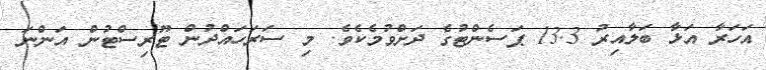
އަހަރާ އަޅާ ބަލާއިރު 13.3 ޕަސެންޓުގެ ދަށްވުމެކެވެ. މި ސަރަހައްދުން ޓޫރިސްޓުން އަންނަ